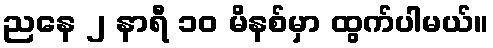
ညနေ ၂ နာရီ ၁၀ မိနစ်မှာ ထွက်ပါမယ်။